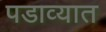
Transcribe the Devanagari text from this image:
पडाव्यात